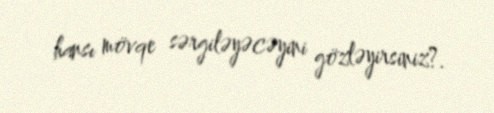
hansı mövqe sərgiləyəcəyini gözləyirsiniz?.